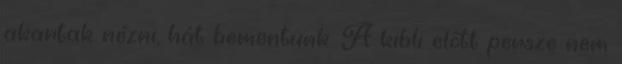
akartak nézni, hát bementünk. A kibli előtt persze nem